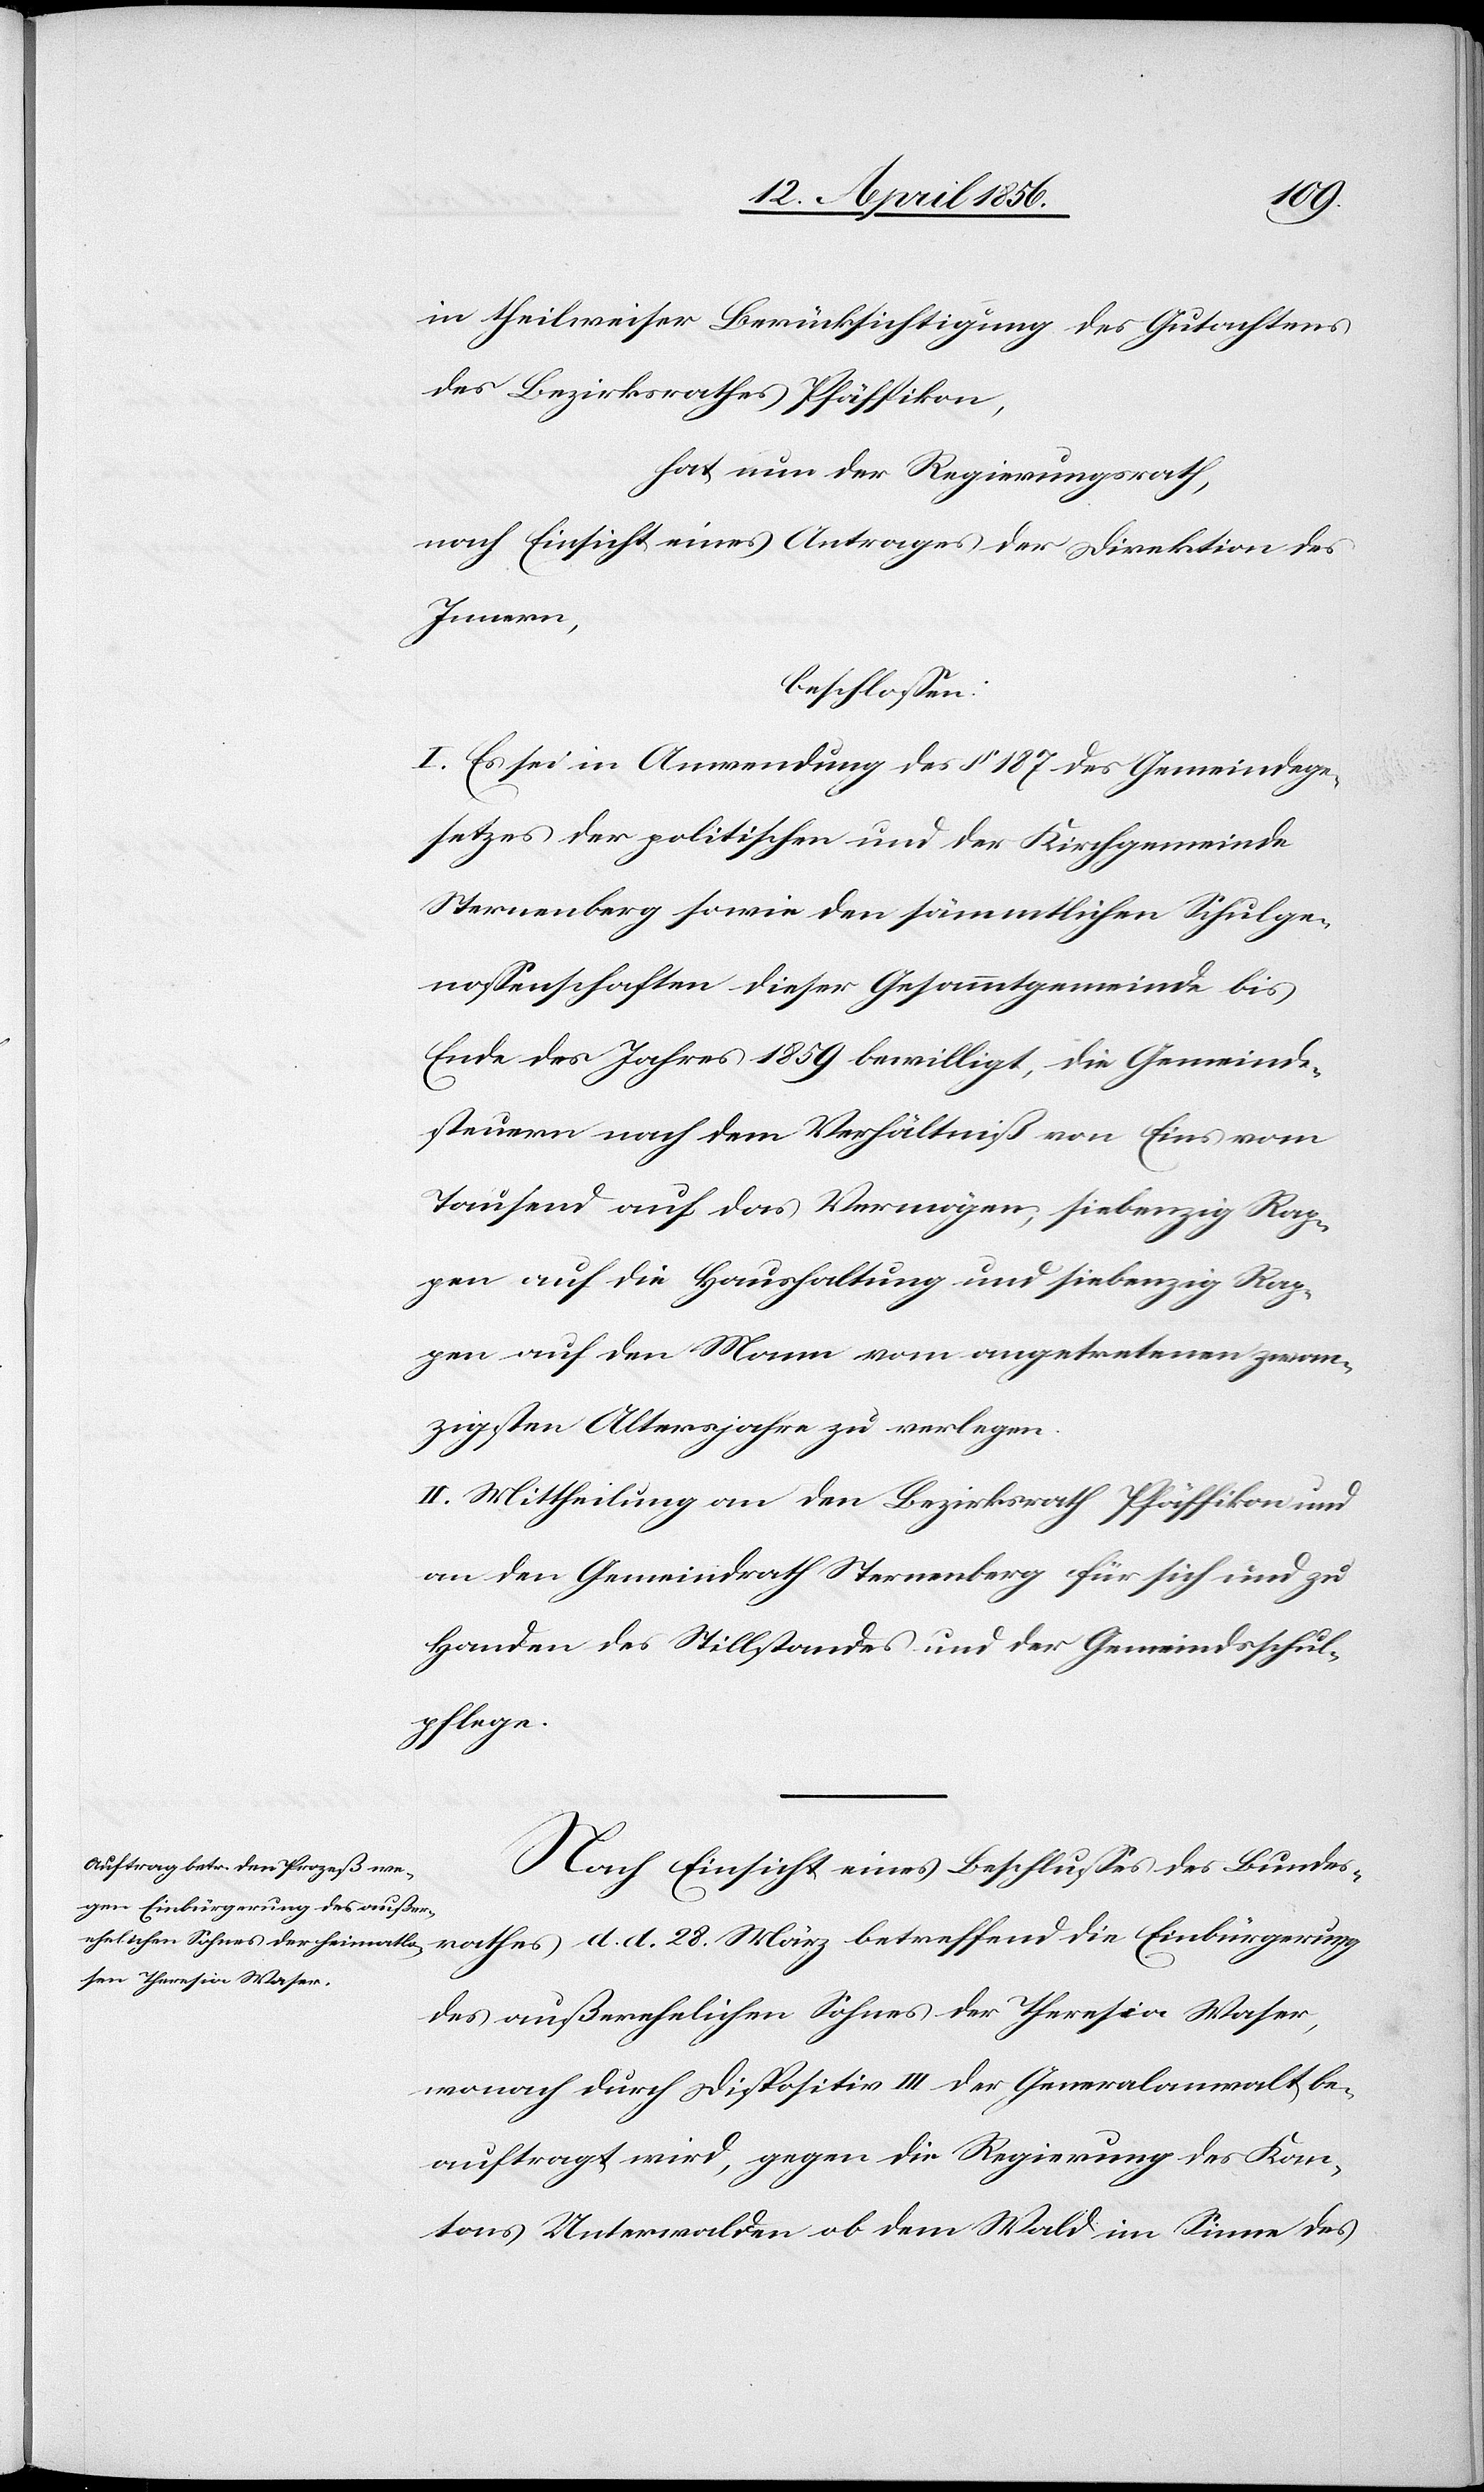
in theilweiser Berücksichtigung des Gutachtens
des Bezirksrathes Pfäffikon,
hat nun der Regierungsrath,
nach Einsicht eines Antrages der Direktion des
Innern,
beschlossen:
I. Es sei in Anwendung des § 187 des Gemeindege¬
setzes der politischen und der Kirchgemeinde
Sternenberg sowie den sämmtlichen Schulge¬
nossenschaften dieser Gesammtgemeinde bis
Ende des Jahres 1859 bewilligt, die Gemeinde¬
steuern nach dem Verhältniß von Eins vom
Tausend auf das Vermögen, siebenzig Rap¬
pen auf die Haushaltung und siebenzig Rap¬
pen auf den Mann vom angetretenen zwan¬
zigsten Altersjahre zu verlegen.
II. Mittheilung an den Bezirksrath Pfäffikon und
an den Gemeindrath Sternenberg für sich und zu
Handen des Stillstandes und der Gemeindsschul¬
pflege.
Nach Einsicht eines Beschlusses des Bundes¬
rathes d. d. 28. März betreffend die Einbürgerung
des außerehelichen Sohnes der Theresia Waser,
wonach durch Dispositiv III der Generalanwalt be¬
auftragt wird, gegen die Regierung des Kan¬
tons Unterwalden ob dem Wald im Sinne des